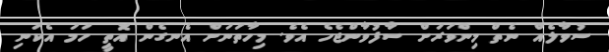
ސުވާލެއް ނެތް މިންވަރަށް ސާފުވާންޖެހެ އެވެ. މިހާތަނަށް އެނގެން އޮތީ ހަމަ އެކަނި